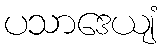
ပသာဒေယျံ